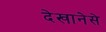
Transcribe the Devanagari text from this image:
देखानेसे